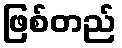
ဖြစ်တည်